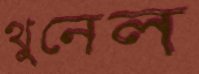
থুনেল